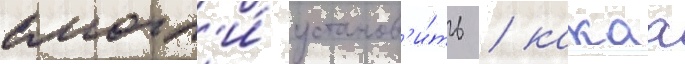
смогл'и́ установ'и́ть / какаа